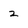
Character: 2